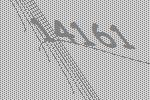
14161